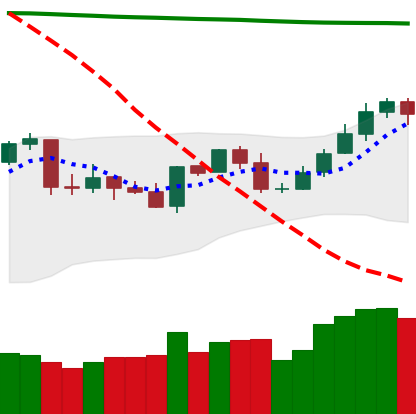
Ticker: NEO-USD
Chart end date: 2020-04-27
Forward return: 9.451%
Label: up_7plus